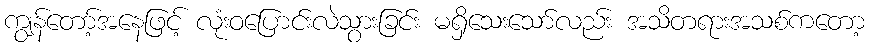
ကျွန်တော့်အနေဖြင့် လုံးဝပြောင်းလဲသွားခြင်း မရှိသေးသော်လည်း အသိတရားအသစ်ကတော့